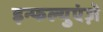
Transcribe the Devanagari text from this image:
इन्फल्युएंज़े